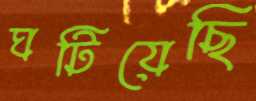
ঘটিয়েছি